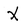
Character: X